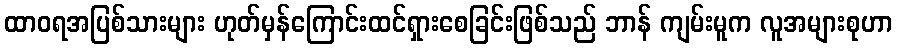
ထာဝရအပြစ်သားများ ဟုတ်မှန်ကြောင်းထင်ရှားစေခြင်းဖြစ်သည် ဘာန် ကျမ်းမူက လူအများစုဟာ